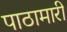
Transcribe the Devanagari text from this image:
पाठामारी